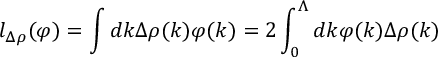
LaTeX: l _ { \Delta \rho } ( \varphi ) = \int d k \Delta \rho ( k ) \varphi ( k ) = 2 \int _ { 0 } ^ { \Lambda } d k \varphi ( k ) \Delta \rho ( k )